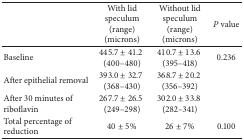
<table><thead><tr><td><b> </b></td><td><b>With lid speculum(range) (microns)</b></td><td><b>Without lid speculum(range) (microns)</b></td><td><b><i>P</i> value</b></td></tr></thead><tbody><tr><td>Baseline</td><td>445.7 ± 41.2 (400–480)</td><td>410.7 ± 13.6 (395–418) </td><td>0.236</td></tr><tr><td>After epithelial removal</td><td>393.0 ± 32.7 (368–430)</td><td>368.7 ± 20.2 (356–392) </td><td> </td></tr><tr><td>After 30 minutes of riboflavin</td><td>267.7 ± 26.5 (249–298)</td><td>302.0 ± 33.8 (282–341)</td><td> </td></tr><tr><td>Total percentage of reduction</td><td>40 ± 5%</td><td>26 ± 7%</td><td>0.100</td></tr></tbody></table>